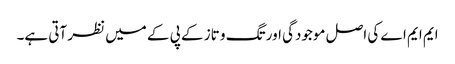
ایم ایم اے کی اصل موجودگی اور تگ و تاز کے پی کے میں نظر آتی ہے۔